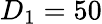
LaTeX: D_{1}=50